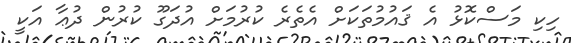
ހިކި މަސްކޮޅު އެ ޤައުމުތަކަށް އެތެރެ ކުރުމަށް އުދަގޫ ކުރުން ދުޢާ އަކީ